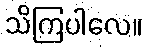
သိကြပါလေ။